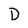
Character: D